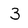
Character: 3